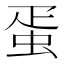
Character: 蛋